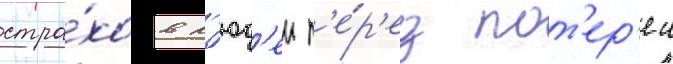
стра́хов л'юд'еи п'е́р'ед пот'ер'еи